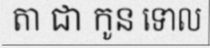
តា ជា កូន ទោល